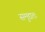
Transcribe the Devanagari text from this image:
समुद्यतः